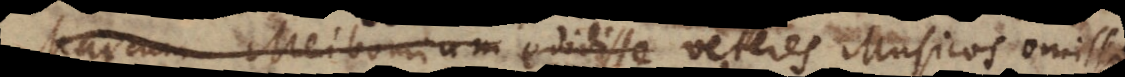
Marcum Meibomium edidisse veteres Musicos omisso